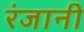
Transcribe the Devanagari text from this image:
रंजानी